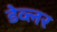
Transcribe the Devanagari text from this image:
डेव्लर